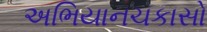
અભિયાનચકાસો